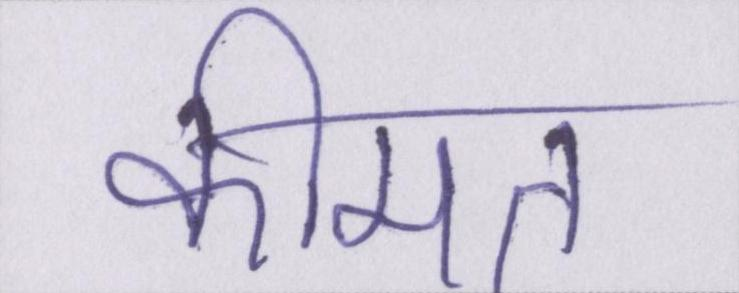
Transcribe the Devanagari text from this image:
कीमत